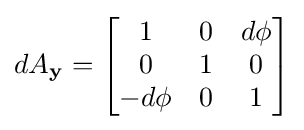
dA_{\mathbf {y} }={\begin{bmatrix}1&0&d\phi \\0&1&0\\-d\phi &0&1\end{bmatrix}}